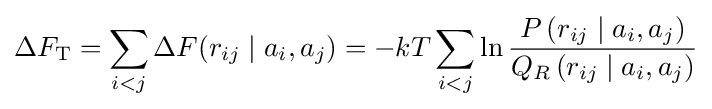
\Delta F_{\textrm {T}}=\sum _{i<j}\Delta F(r_{ij}\mid a_{i},a_{j})=-kT\sum _{i<j}\ln {\frac {P\left(r_{ij}\mid a_{i},a_{j}\right)}{Q_{R}\left(r_{ij}\mid a_{i},a_{j}\right)}}